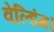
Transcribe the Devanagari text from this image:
वेल्डिंग।